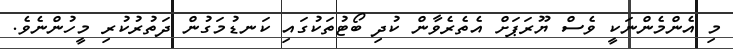
މި އެންމެންނަކީ ވެސް ޔޫރަޕަށް އެތެރެވާން ކުދި ބޯޓުތަކުގައި ކަނޑުމަގުން ދަތުރުކުރި މީހުންނެވެ.